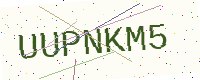
Text: UUPNKM5